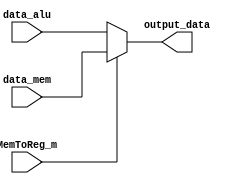
module mux_2_1(
    input [31:0] data_mem,
    input [31:0] data_alu,
    input MemToReg_m,
    output reg [31:0] output_data
);

always @(*)
begin
    if (MemToReg_m == 1)
        output_data = data_mem;
    else
        output_data = data_alu;
end

endmodule